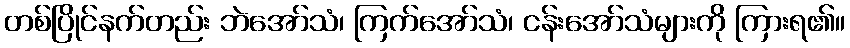
တစ်ပြိုင်နက်တည်း ဘဲအော်သံ၊ ကြက်အော်သံ၊ ငန်းအော်သံများကို ကြားရ၏။